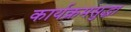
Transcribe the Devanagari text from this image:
कार्यक्रमसुद्धा